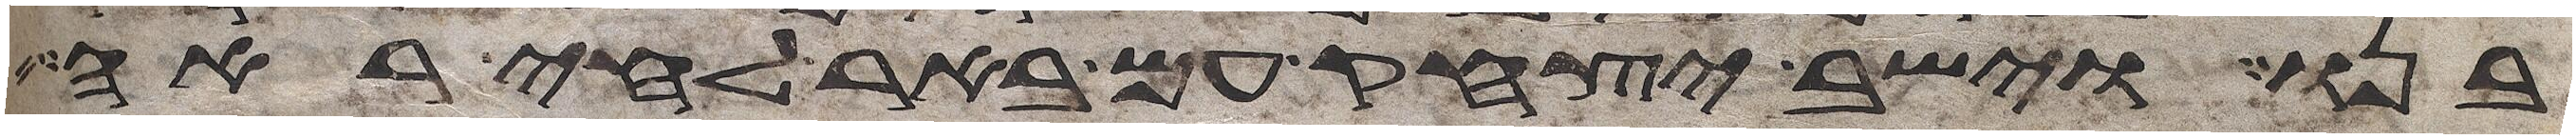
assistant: בנו וישב יצחק עם באר לחי ראי